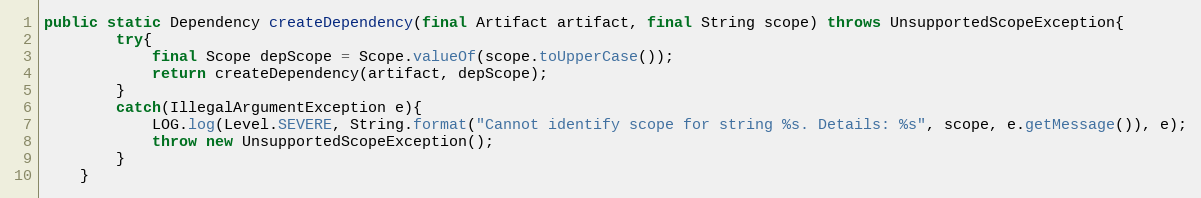
Language: Java
public static Dependency createDependency(final Artifact artifact, final String scope) throws UnsupportedScopeException{
        try{
            final Scope depScope = Scope.valueOf(scope.toUpperCase());
            return createDependency(artifact, depScope);
        }
        catch(IllegalArgumentException e){
			LOG.log(Level.SEVERE, String.format("Cannot identify scope for string %s. Details: %s", scope, e.getMessage()), e);
            throw new UnsupportedScopeException();
        }
	}